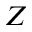
Z